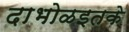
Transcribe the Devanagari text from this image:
दाभोळइतके